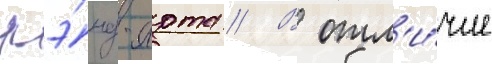
лэ́нд-арта // В отл'и́чие